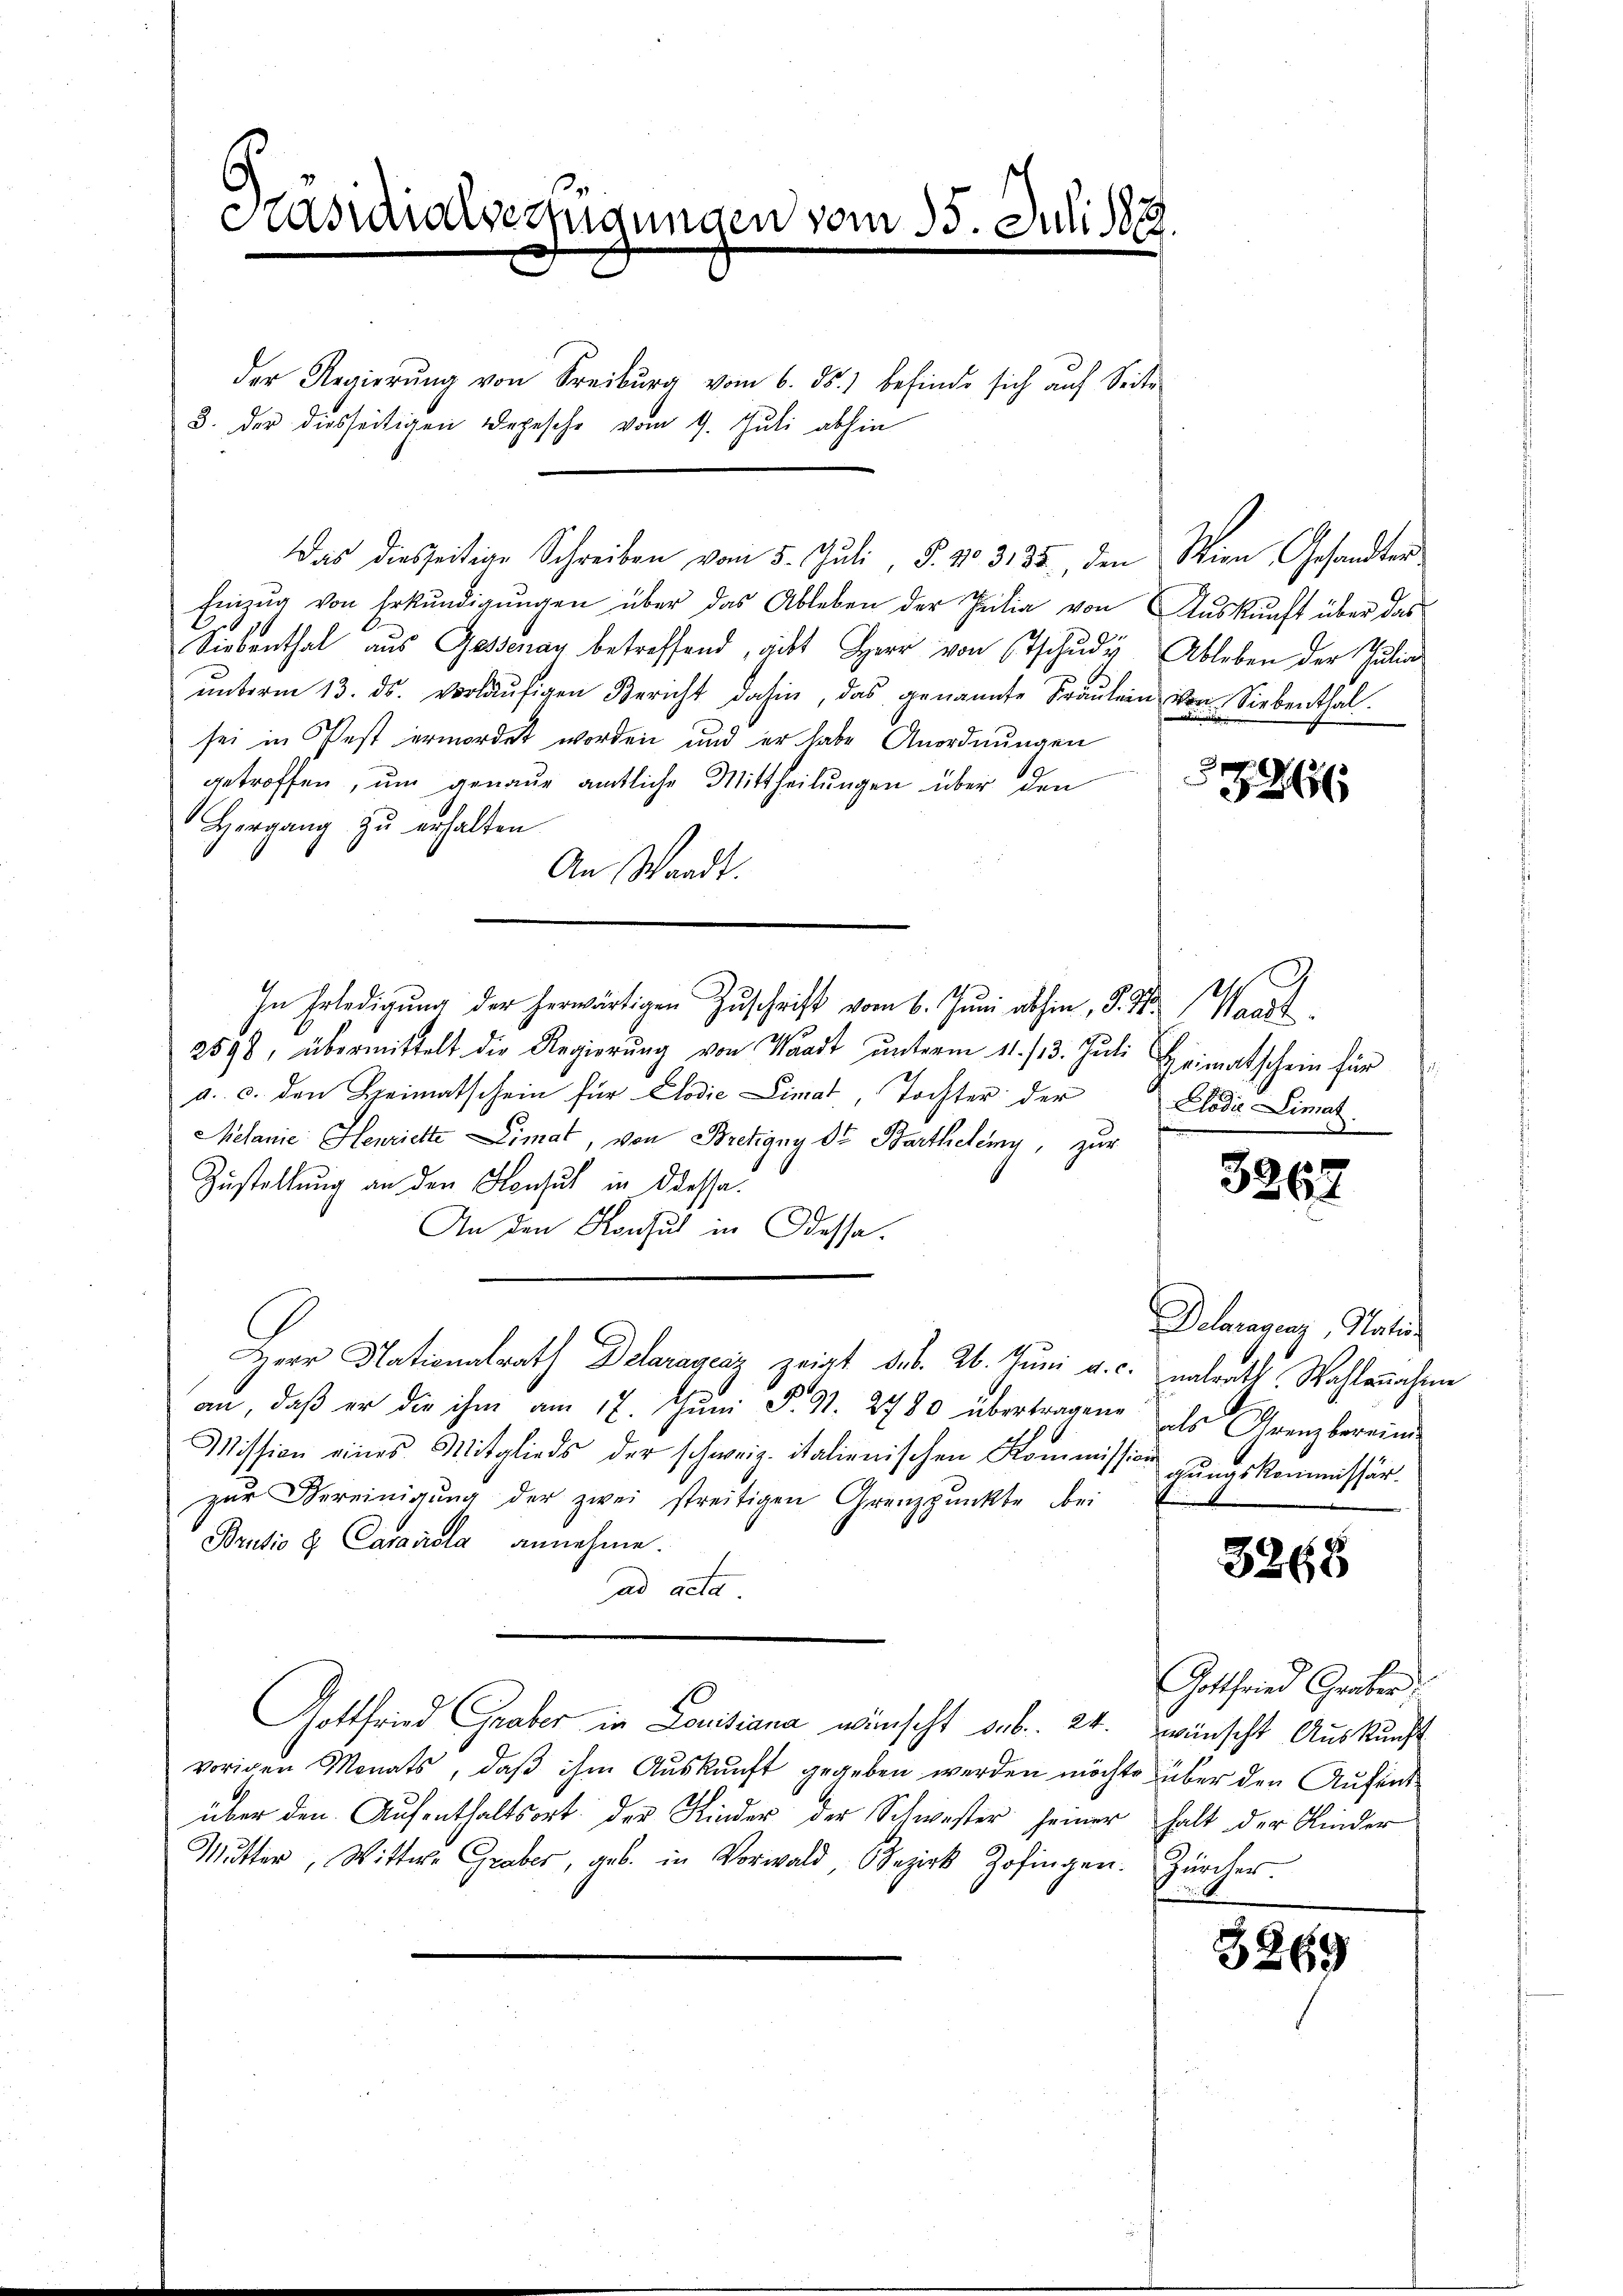
3. der diesseitigen Depesche vom 9. Juli abhin

Casiallverfügungen vom 15. Juli 188
¬

der Regierŭng von Freiburg vom 6. ds. befinde sich auf Seite

Das diesseitige Schreiben vom 5. Juli, P. No. 3135, den Wien Gesandten
Einzug von Erkundigungen über das Ableben der Heilig von Auskunft über das
Siebenthal aus Gessenay betreffend, gibt Herr von Etschudi Ableben der Julia
ŭnterm 13. ds. vorläŭfigen Bericht dahin, das genannte Fraŭlein von Siebenthal.
sei in Pest ermordet worden und er habe Anordnungen
getroffen, ŭm genaŭe amtliche Mittheilŭngen über den
Hergang zu erhalten
An Waadt.
In Erledigung der herwärtigen Zuschrift vom 6. Juni abhin, 8. d. Ma
2598, übermittelt die Regierŭng von Waadt unterm 11. 13. Juli Heimatschein für
a. c. den Heimatschein für Codić Limat, Tochter derElodi-Limat
Melanie Henriette Limat, von Bretigny ds Barthelemy, zur
Zustellung an den Konsul in desse.
An den Konsul in Odessa.
Dieer Nationalrath Delaraycáz zeigt d.d. 26. Juni a.c. entratt. Wahlenahme
an, daβ er die ihm am 17. Jŭni S. 91. 2780 übertragene als Grenzbereini
Mission eines Mitglieds der schweiz. italienischen Kommission gŭngskommissär
zŭr Vereinigŭng der zwei streitigen Grenzpŭnkte bei
Brusio u. Caraviola annehme.
ad acta
Gottfried Graber in Lonitiana wünscht sub. 24. wünscht Auskunft
vorigen Monats, daβ ihm Aŭskŭnft gegeben werden möchte über den Aufent-
über den Aufenthaltsort der Kinder der Schwester seiner halt der Kinder
Mutter, Wittwe Graber, geb. in Vorwald, Bezirk Zofingen. Zürcher.

2

i

3267

Delaragung, Natu

3268

Gottfried Graber

3269